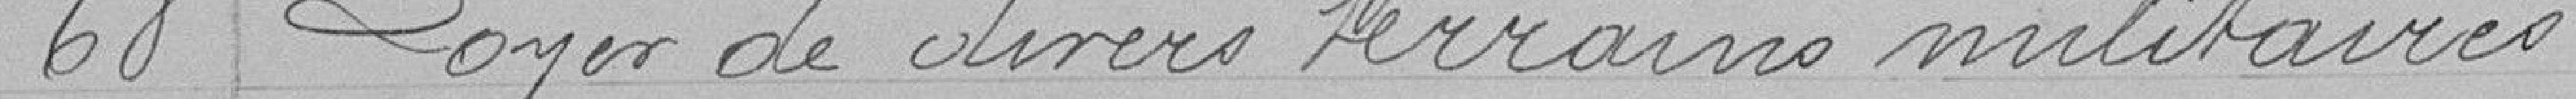
68 Loyer de divers terrains militaires